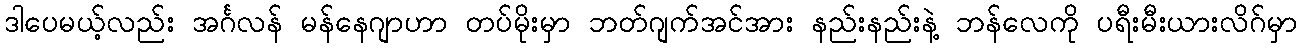
ဒါပေမယ့်လည်း အင်္ဂလန် မန်နေဂျာဟာ တပ်မိုးမှာ ဘတ်ဂျက်အင်အား နည်းနည်းနဲ့ ဘန်လေကို ပရီးမီးယားလိဂ်မှာ